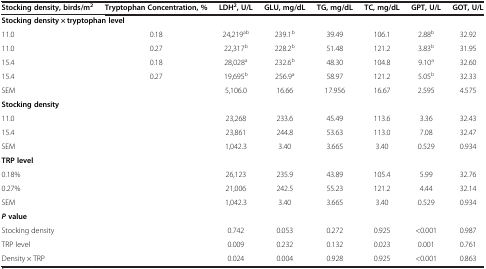
| Stocking density, birds/m2 | Tryptophan Concentration, % | LDH2, U/L | GLU, mg/dL | TG, mg/dL | TC, mg/dL | GPT, U/L | GOT, U/L |
 | --- | --- | --- | --- | --- | --- | --- | --- |
 | <COLSPAN=8> Stocking density × tryptophan level |
 | 11.0 | 0.18 | 24,219ab | 239.1b | 39.49 | 106.1 | 2.88b | 32.92 |
 | 11.0 | 0.27 | 22,317b | 228.2b | 51.48 | 121.2 | 3.83b | 31.95 |
 | 15.4 | 0.18 | 28,028a | 232.6b | 48.30 | 104.8 | 9.10a | 32.60 |
 | 15.4 | 0.27 | 19,695b | 256.9a | 58.97 | 121.2 | 5.05b | 32.33 |
 | SEM |  | 5,106.0 | 16.66 | 17.956 | 16.67 | 2.595 | 4.575 |
 | <COLSPAN=3> Stocking density |  |  |  |  |  |
 | <COLSPAN=2> 11.0 | 23,268 | 233.6 | 45.49 | 113.6 | 3.36 | 32.43 |
 | <COLSPAN=2> 15.4 | 23,861 | 244.8 | 53.63 | 113.0 | 7.08 | 32.47 |
 | <COLSPAN=2> SEM | 1,042.3 | 3.40 | 3.665 | 3.40 | 0.529 | 0.934 |
 | <COLSPAN=2> TRP level |  |  |  |  |  |  |
 | <COLSPAN=2> 0.18% | 26,123 | 235.9 | 43.89 | 105.4 | 5.99 | 32.76 |
 | <COLSPAN=2> 0.27% | 21,006 | 242.5 | 55.23 | 121.2 | 4.44 | 32.14 |
 | <COLSPAN=2> SEM | 1,042.3 | 3.40 | 3.665 | 3.40 | 0.529 | 0.934 |
 | <COLSPAN=8> P value |
 | Stocking density |  | 0.742 | 0.053 | 0.272 | 0.925 | <0.001 | 0.987 |
 | TRP level |  | 0.009 | 0.232 | 0.132 | 0.023 | 0.001 | 0.761 |
 | <COLSPAN=2> Density × TRP | 0.024 | 0.004 | 0.928 | 0.925 | <0.001 | 0.863 |